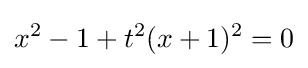
x^{2}-1+t^{2}(x+1)^{2}=0